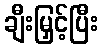
ချီးမြှင့်ပြီး